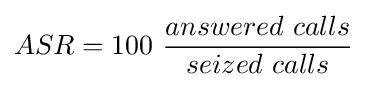
ASR=100\ {\frac {answered\ calls}{seized\ calls}}